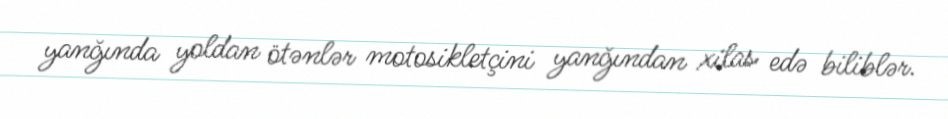
yanğında yoldan ötənlər motosikletçini yanğından xilas edə biliblər.